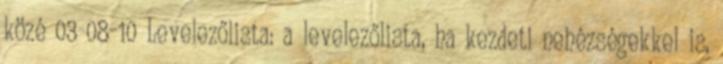
közé 03-08-10 Levelezőlista: a levelezőlista, ha kezdeti nehézségekkel is,